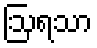
ဩရသာ